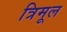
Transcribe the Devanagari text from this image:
त्रिमूल